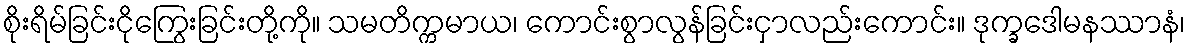
စိုးရိမ်ခြင်းငိုကြွေးခြင်းတို့ကို။ သမတိက္ကမာယ၊ ကောင်းစွာလွန်ခြင်းငှာလည်းကောင်း။ ဒုက္ခဒေါမနဿာနံ၊